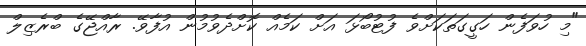
"މި ހުވަފެން ހަގީގަތަކަށްވެ ފުޓުބޯޅަ އަށް ކަމެއް ކޮށްދެވުމުން އުފާވޭ. ރާއްޖޭގެ ބްރެޒިލް